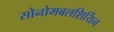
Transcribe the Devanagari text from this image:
सोनोमबलशिर्यिन